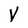
Character: V